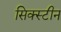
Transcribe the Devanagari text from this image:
सिक्स्टीन